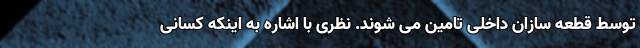
توسط قطعه سازان داخلی تامین می شوند. نظری با اشاره به اینکه کسانی